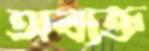
অব্যক্ত